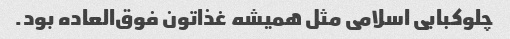
چلوکبابی اسلامی مثل همیشه غذاتون فوق‌العاده بود.